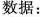
数据：